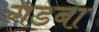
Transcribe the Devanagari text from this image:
गडबा